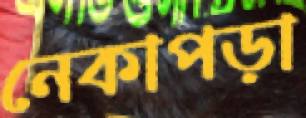
নেকাপড়া